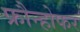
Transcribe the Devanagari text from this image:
फ्रौन्होफर